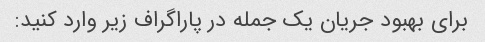
برای بهبود جریان یک جمله در پاراگراف زیر وارد کنید: